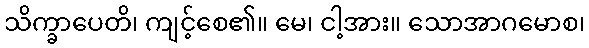
သိက္ခာပေတိ၊ ကျင့်စေ၏။ မေ၊ ငါ့အား။ သောအာဂမောစ၊